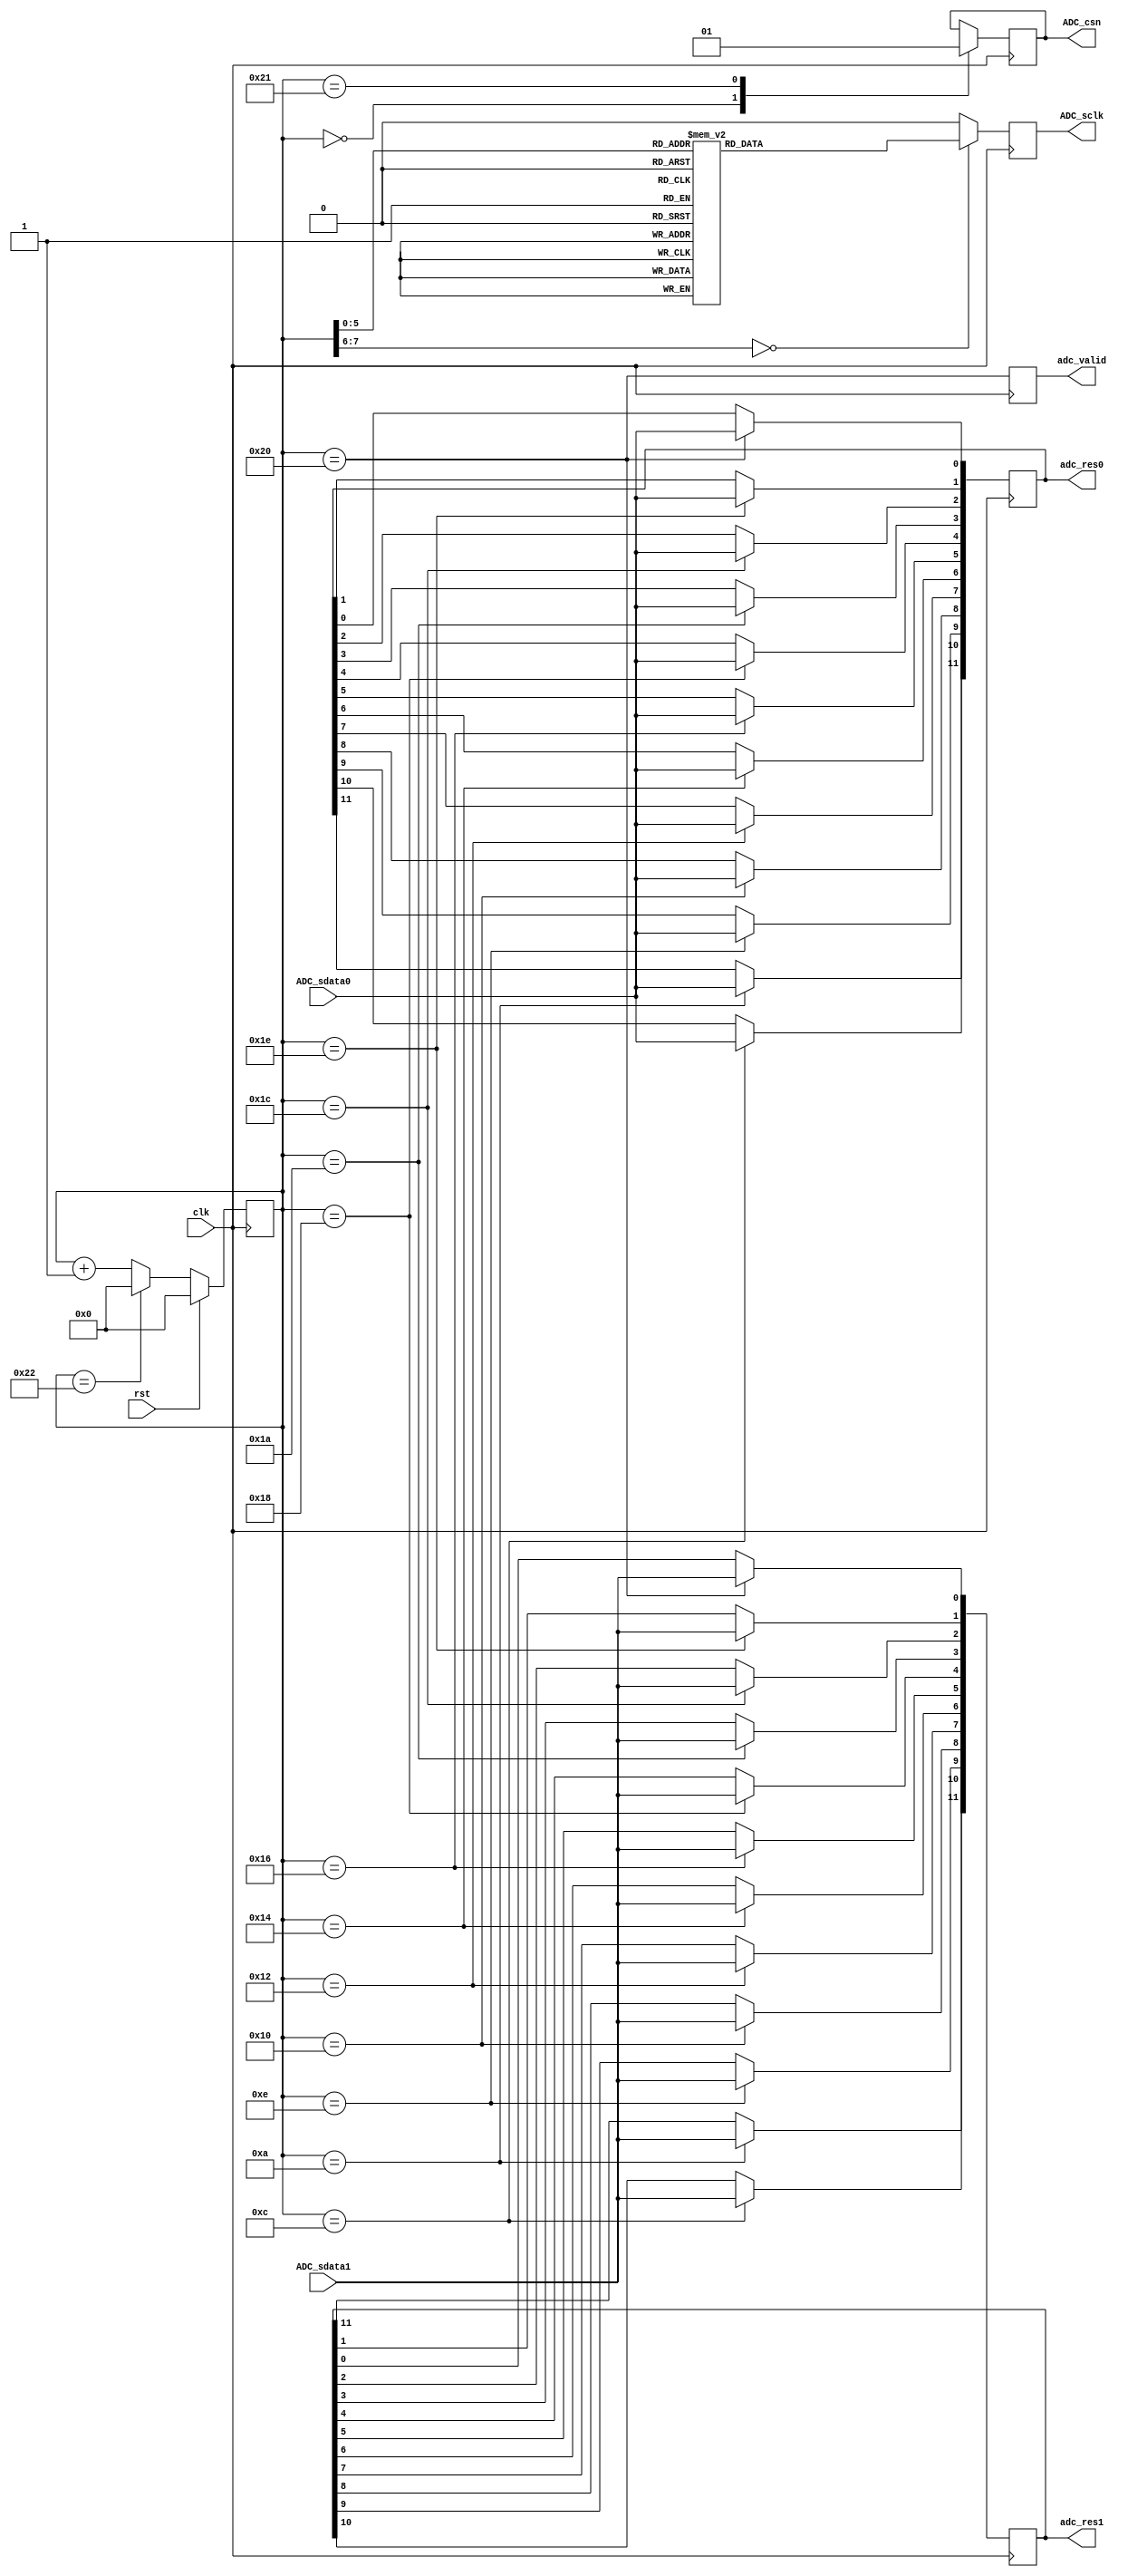
module ad7476_sample(
        input clk,rst,
        input  ADC_sdata0, ADC_sdata1,
        output reg ADC_sclk = 0,
        output reg ADC_csn = 0,
        output reg [11:0]  adc_res0 = 0, 
        output reg [11:0] adc_res1 = 0,
        output reg   adc_valid =0
    );
 
    reg [7:0] cntr = 0;
    always @ (posedge clk) //clk 35MHZ
        if (rst)cntr<=0;else if (cntr == 34) cntr<=0;else cntr<=cntr+1;
    always @ (posedge clk)
    case (cntr )
        0:  ADC_csn <= 0;
        33:  ADC_csn <= 1;
    endcase
    always @ (posedge clk)
    case (cntr)
        //0,1,3,5,7,9,11,13,15,17,19,21,23,25,27,29,31,33,34 :
        34,0,2,4,6,8,10,12,14,16,18,20,22,24,26,28,30,32,33 :ADC_sclk<=1;
        default ADC_sclk<=0;
    endcase
    always @ (posedge clk)
    case (cntr )
        10: adc_res0[11] <= ADC_sdata0 ;
        12:adc_res0[10] <= ADC_sdata0 ;
        14:adc_res0[9] <= ADC_sdata0 ;
        16:adc_res0[8] <= ADC_sdata0 ;
        18:adc_res0[7] <= ADC_sdata0 ;
        20:adc_res0[6] <= ADC_sdata0 ;
        22:adc_res0[5] <= ADC_sdata0 ;
        24:adc_res0[4] <= ADC_sdata0 ;
        26:adc_res0[3] <= ADC_sdata0 ;
        28:adc_res0[2] <= ADC_sdata0 ;
        30:adc_res0[1] <= ADC_sdata0 ;
        32:adc_res0[0] <= ADC_sdata0 ;
    endcase
    always @ (posedge clk)
    case (cntr )
        10: adc_res1[11] <= ADC_sdata1 ;
        12:adc_res1[10] <= ADC_sdata1 ;
        14:adc_res1[9] <= ADC_sdata1 ;
        16:adc_res1[8] <= ADC_sdata1 ;
        18:adc_res1[7] <= ADC_sdata1 ;
        20:adc_res1[6] <= ADC_sdata1 ;
        22:adc_res1[5] <= ADC_sdata1 ;
        24:adc_res1[4] <= ADC_sdata1 ;
        26:adc_res1[3] <= ADC_sdata1 ;
        28:adc_res1[2] <= ADC_sdata1 ;
        30:adc_res1[1] <= ADC_sdata1 ;
        32:adc_res1[0] <= ADC_sdata1 ;
    endcase
    always @ (posedge clk)adc_valid <= cntr == 32 ;
endmodule